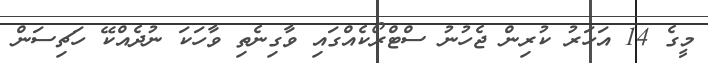
މީގެ 14 އަހަރު ކުރިން ޖެހުނު ސްޓްރޯކެއްގައި ވާގިނެތި ވާހަކަ ނުދެއްކޭ ހަޗިސަން